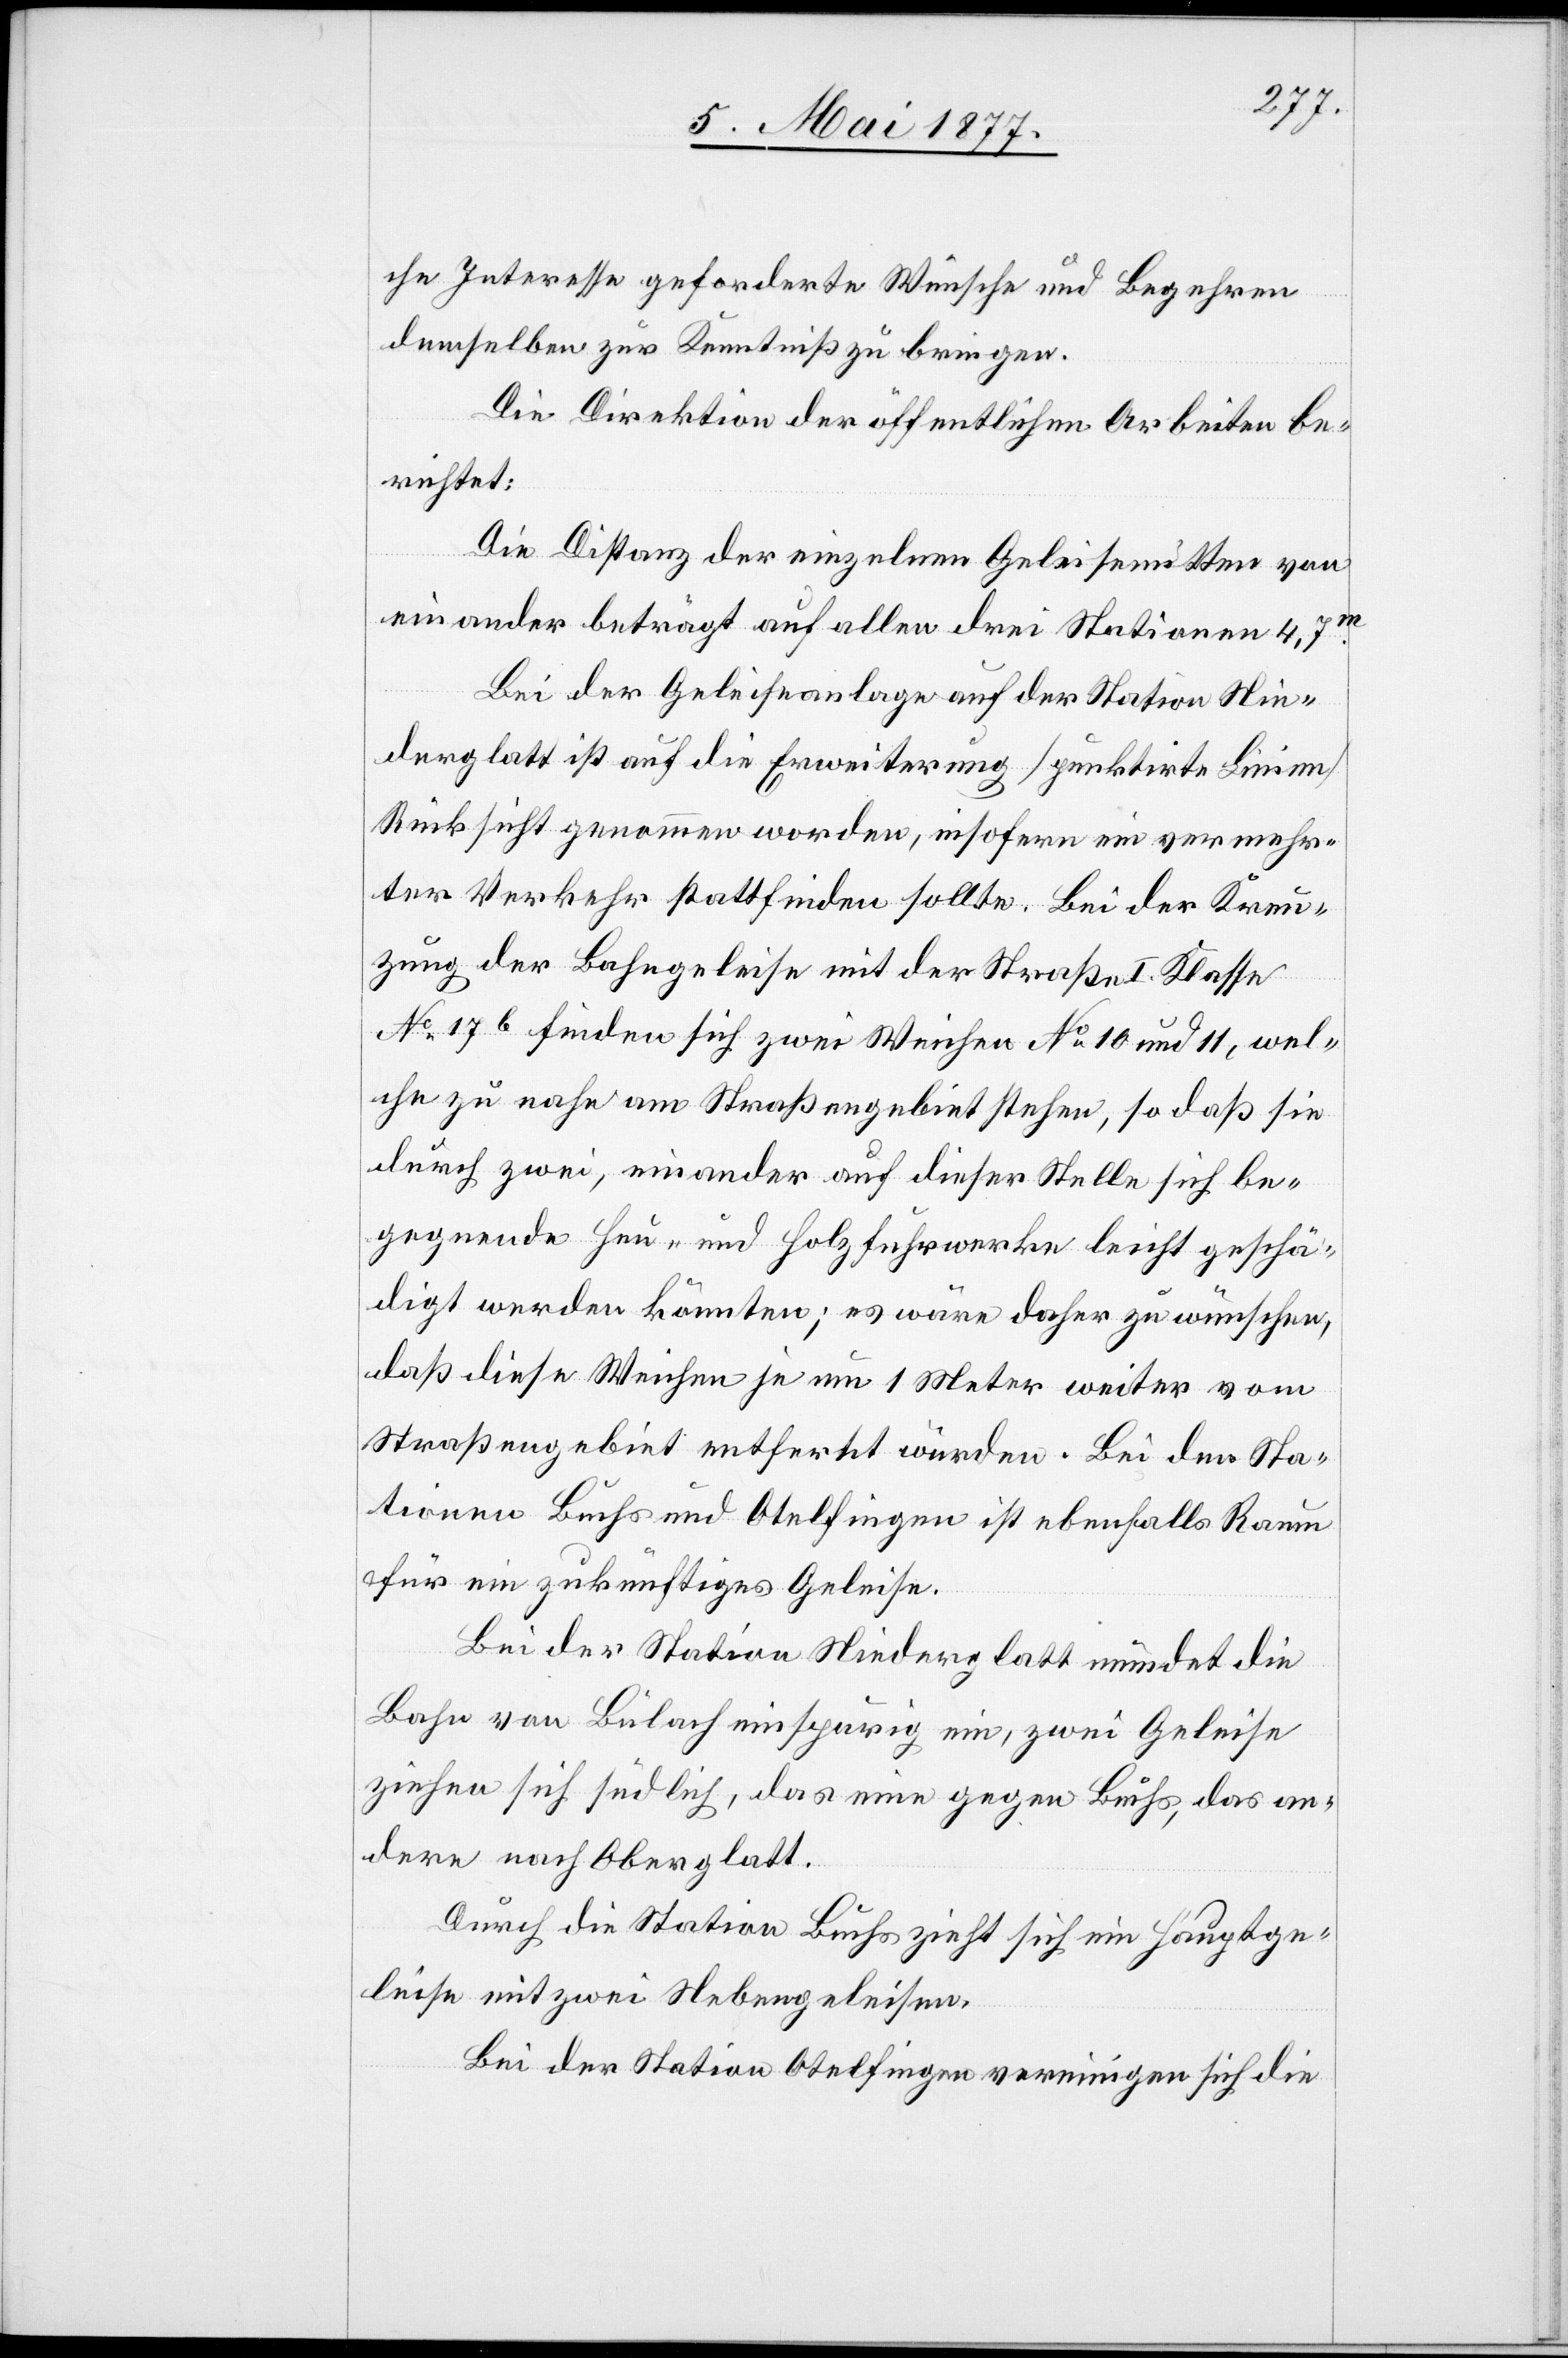
che Interesse geforderte Wünsche und Begehren
demselben zur Kenntniß zu bringen.
Die Direktion der öffentlichen Arbeiten be¬
richtet:
Die Distanz der einzelnen Geleisemitten von
einander beträgt auf allen drei Stationen 4,7m.
Bei der Geleiseanlage auf der Station Nie¬
derglatt ist auf die Erweiterung [punktirte Linien]
Rücksicht genommen worden, insofern ein vermehr¬
ter Verkehr stattfinden sollte. Bei der Kreu¬
zung der Bahngeleise mit der Straße I. Klasse
No 17b finden sich zwei Weichen No 10 und 11, wel¬
che zu nahe am Straßengebiet stehen, so daß sie
durch zwei, einander auf dieser Stelle sich be¬
gegnende Heu- und Holzfuhrwerke leicht geschä¬
digt werden könnten; es wäre daher zu wünschen,
daß diese Weichen je um 1 Meter weiter vom
Straßengebiet entfernt würden. Bei den Sta¬
tionen Buchs und Otelfingen ist ebenfalls Raum
für ein zukünftiges Geleise.
Bei der Station Niederglatt mündet die
Bahn von Bülach einspurig ein, zwei Geleise
ziehen sich südlich, das eine gegen Buchs, das an¬
dere nach Oberglatt.
Durch die Station Buchs zieht sich ein Hauptge¬
leise mit zwei Nebengeleisen.
Bei der Station Otelfingen vereinigen sich die